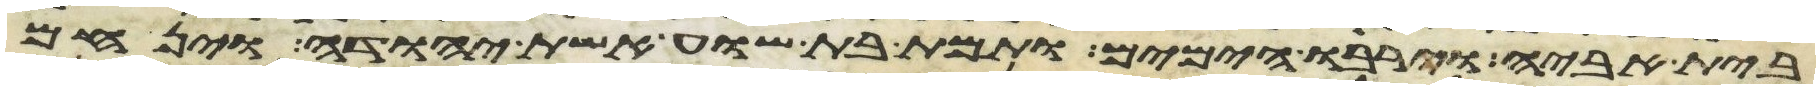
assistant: בית אביה וירבו הימים ותמת בת שוע אשת יהודה וינחם